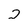
Character: 2